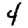
Digit: 4